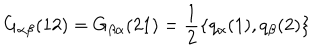
G _ { \alpha \beta } ( 1 2 ) = G _ { \beta \alpha } ( 2 1 ) = \frac { 1 } { 2 } \{ q _ { \alpha } ( 1 ) , q _ { \beta } ( 2 ) \}